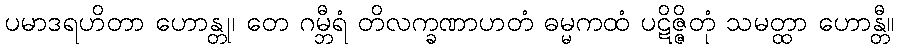
ပမာဒရဟိတာ ဟောန္တု၊ တေ ဂမ္ဘီရံ တိလက္ခဏာဟတံ ဓမ္မကထံ ပဋိဇ္ဇိတုံ သမတ္ထာ ဟောန္တီ။